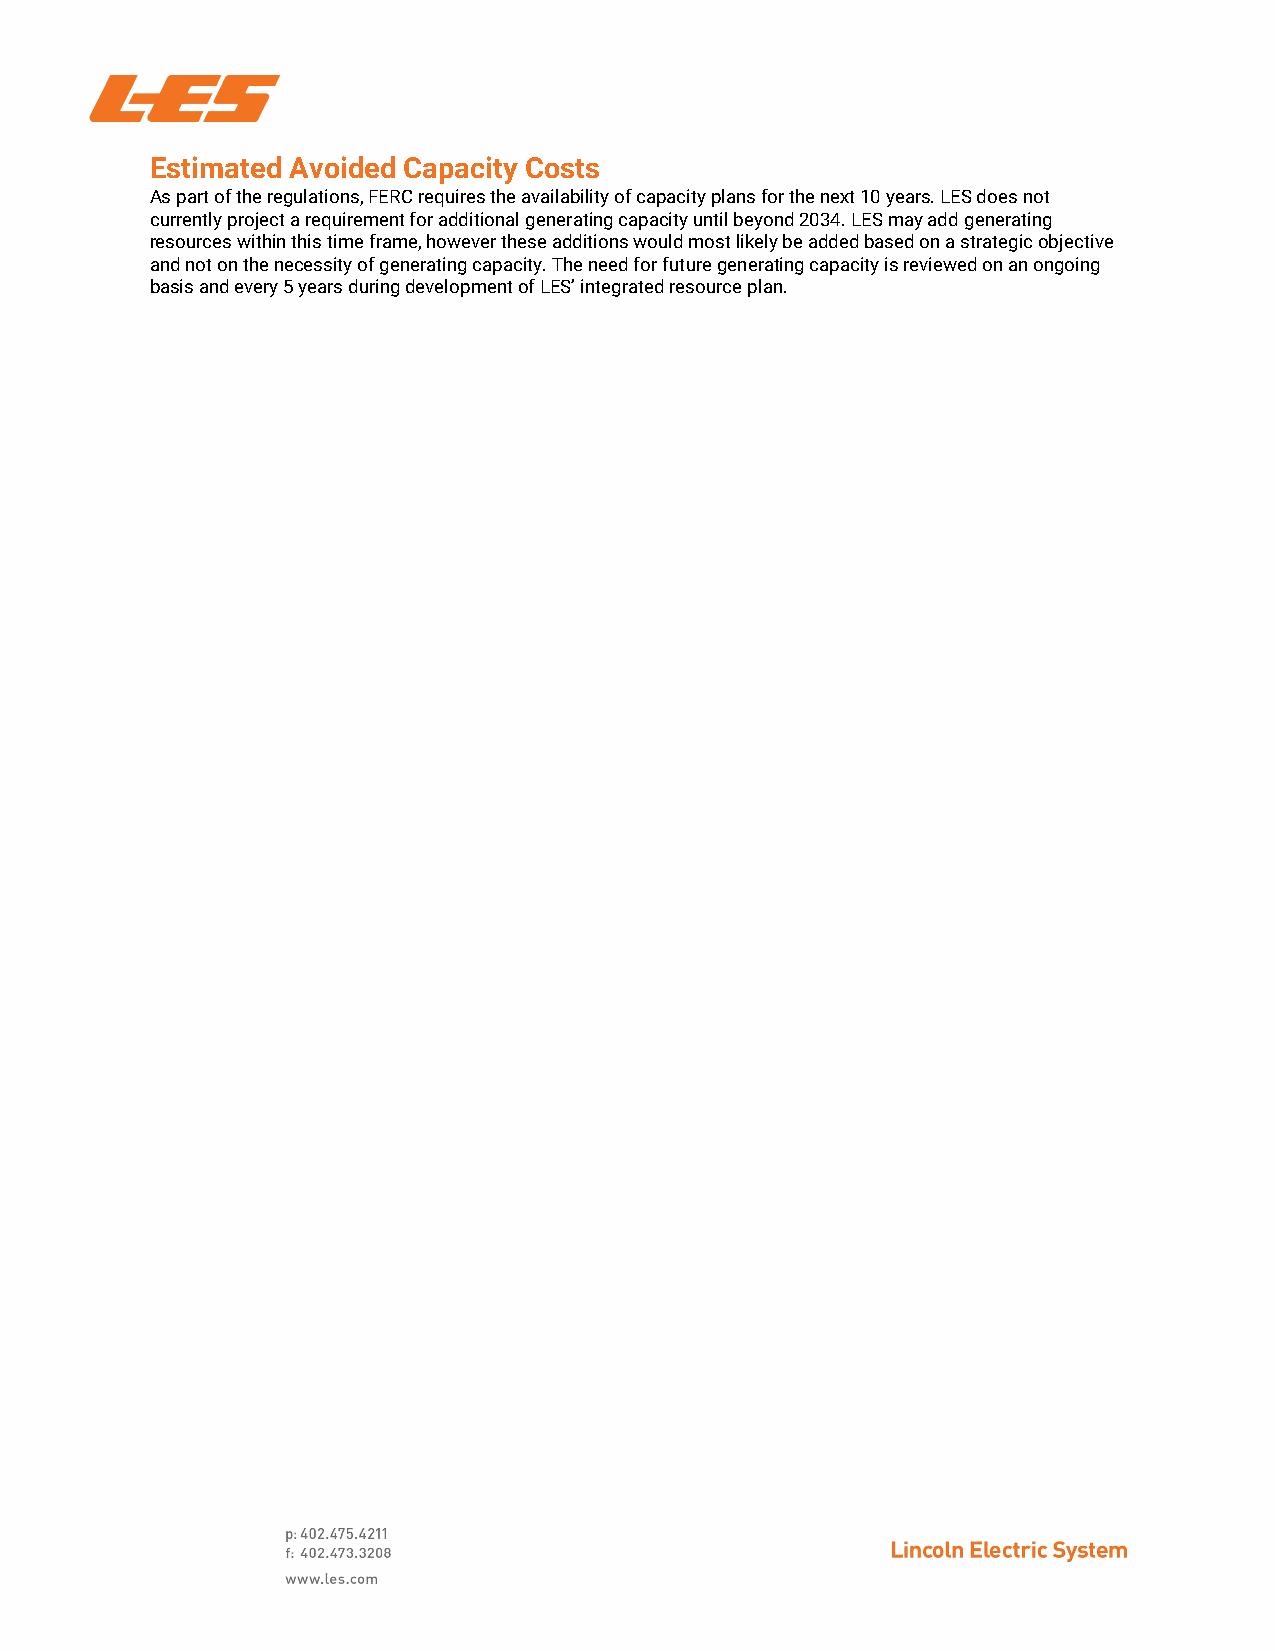
Estimated Avoided Capacity Costs
 As part of the regulations, FERC requires the availability of capacity plans for the next 10 years. LES does not
 currently project a requirement for additional generating capacity until beyond 2034. LES may add generating
 resources within this time frame, however these additions would most likely be added based on a strategic objective
 and not on the necessity of generating capacity. The need for future generating capacity is reviewed on an ongoing
 basis and every 5 years during development of LES’ integrated resource plan.